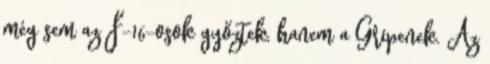
még sem az F-16-osok győztek, hanem a Gripenek. Az